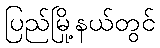
ပြည်မြို့နယ်တွင်